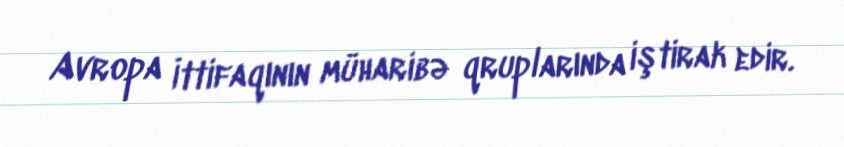
Avropa İttifaqının müharibə qruplarında iştirak edir.